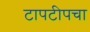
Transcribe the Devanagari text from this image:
टापटीपचा